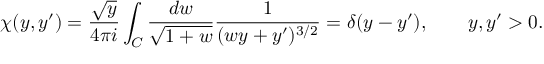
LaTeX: \chi ( y , y ^ { \prime } ) = \frac { \sqrt { y } } { 4 \pi i } \int _ { \cal C } \frac { d w } { \sqrt { 1 + w } } \frac { 1 } { ( w y + y ^ { \prime } ) ^ { 3 / 2 } } = \delta ( y - y ^ { \prime } ) , \qquad y , y ^ { \prime } > 0 .